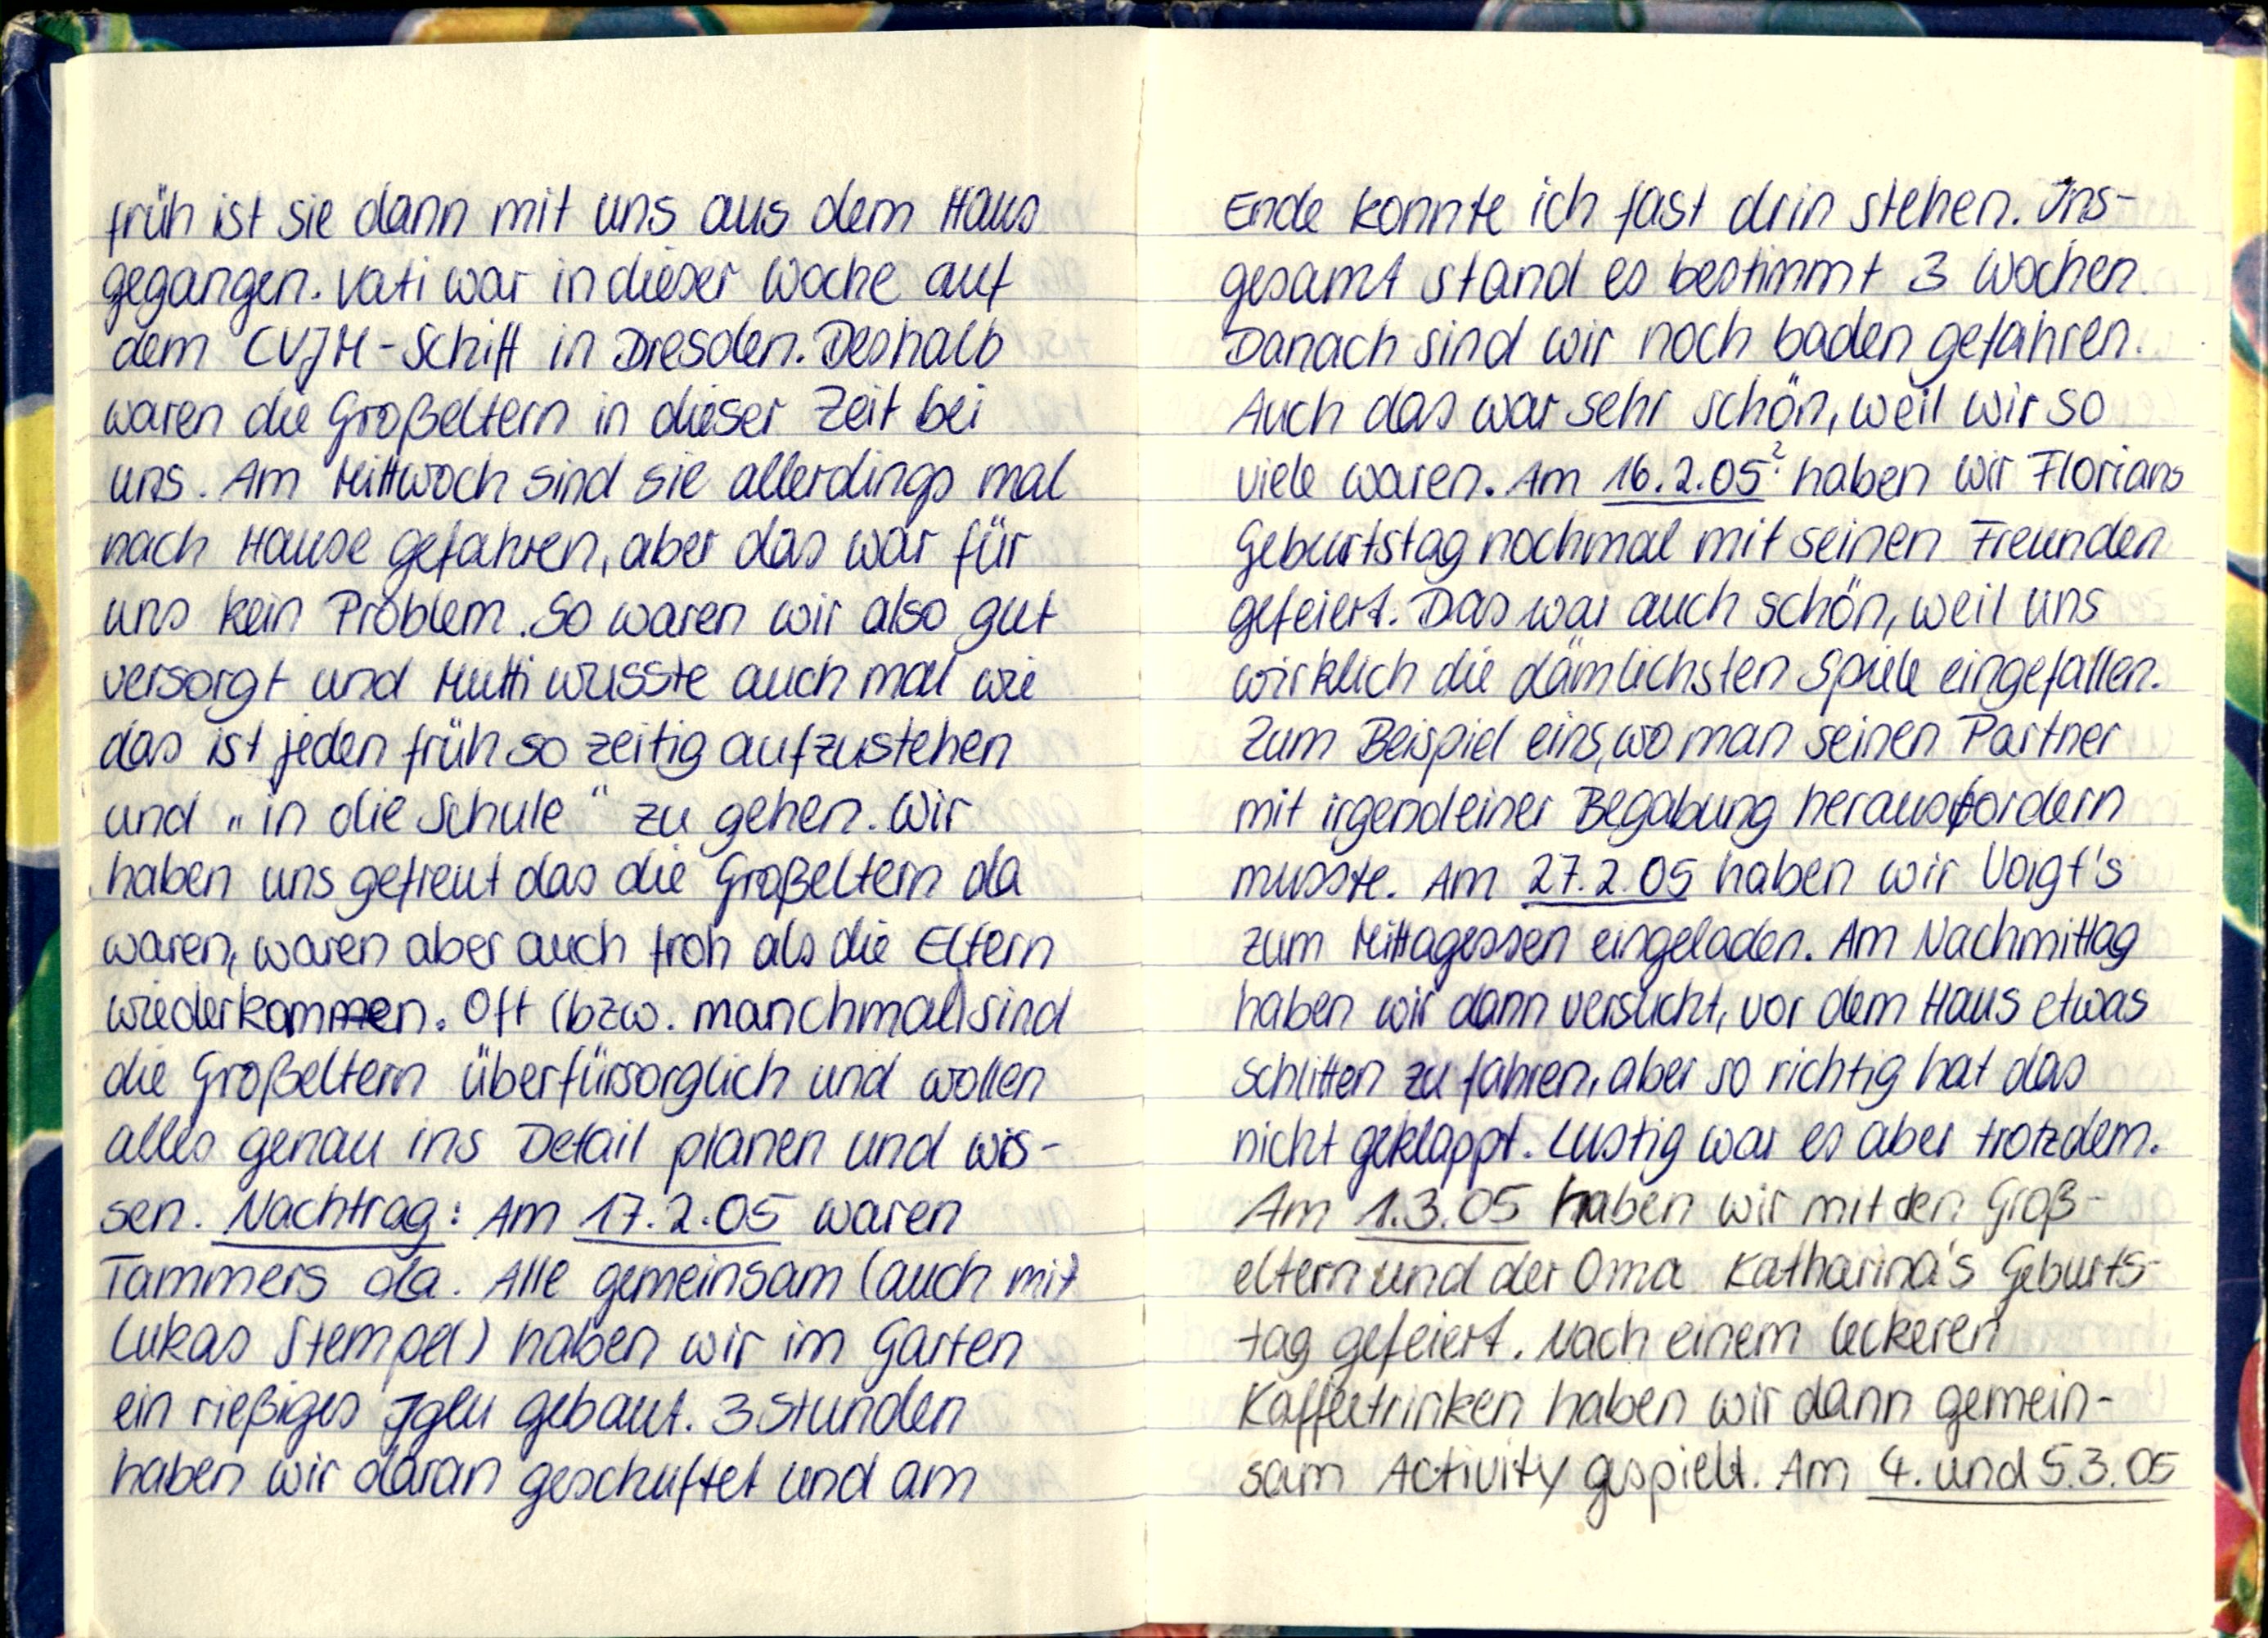
früh ist sie dann mit uns aus dem Haus
gegangen. Vati war in dieser Woche auf
dem CVJM-Schiff in Dresden. Deshalb
waren die Großeltern in dieser Zeit bei
uns. Am Mittwoch sind sie allerdings mal
nach Hause gefahren, aber das war für
uns kein Problem. So waren wir also gut
versorgt und Mutti wusste auch mal wie
das ist jeden früh so zeitig aufzustehen
und „in die Schule" zu gehen. Wir
haben uns gefreut das die Großeltern da
waren, waren aber auch froh als die Eltern
wiederkommen. Oft (bzw. manchmal) sind
die Großeltern überfürsorglich und wollen
alles genau ins Detail planen und wis-
sen. Nachtrag: Am 17.2.05 waren
Tammers da. Alle gemeinsam (auch mit
Lukas Stempel) haben wir im Garten
ein rießiges Iglu gebaut. 3 Stunden
haben wir daran geschuftet und am

Ende konnte ich fast drin stehen. Ins-
gesamt stand es bestimmt 3 Wochen.
Danach sind wir noch baden gefahren.
Auch das war sehr schön, weil wir so
viele waren. Am 16.2.05 haben wir Florians
Geburtstag nochmal mit seinen Freunden
gefeiert. Das war auch schön, weil uns
wirklich die dämlichsten Spiele eingefallen.
Zum Beispiel eins, wo man seinen Partner
mit irgendeiner Begabung herausfordern
musste. Am 27.2.05 haben wir Voigt's
zum Mittagessen eingeladen. Am Nachmittag
haben wir dann versucht, vor dem Haus etwas
Schlitten zu fahren, aber so richtig hat das
nicht geklappt. Lustig war es aber trotzdem.
Am 1.3.05 haben wir mit den Groß-
eltern und der Oma Katharina's Geburts-
tag gefiert. Nach einem leckeren
kaffeetrinken haben wir dann gemein-
sam Activity gespielt. Am 4. und 5.3.05